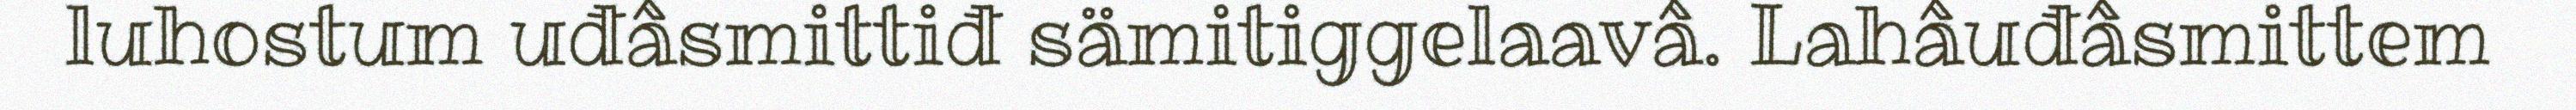
luhostum uđâsmittiđ sämitiggelaavâ. Lahâuđâsmittem